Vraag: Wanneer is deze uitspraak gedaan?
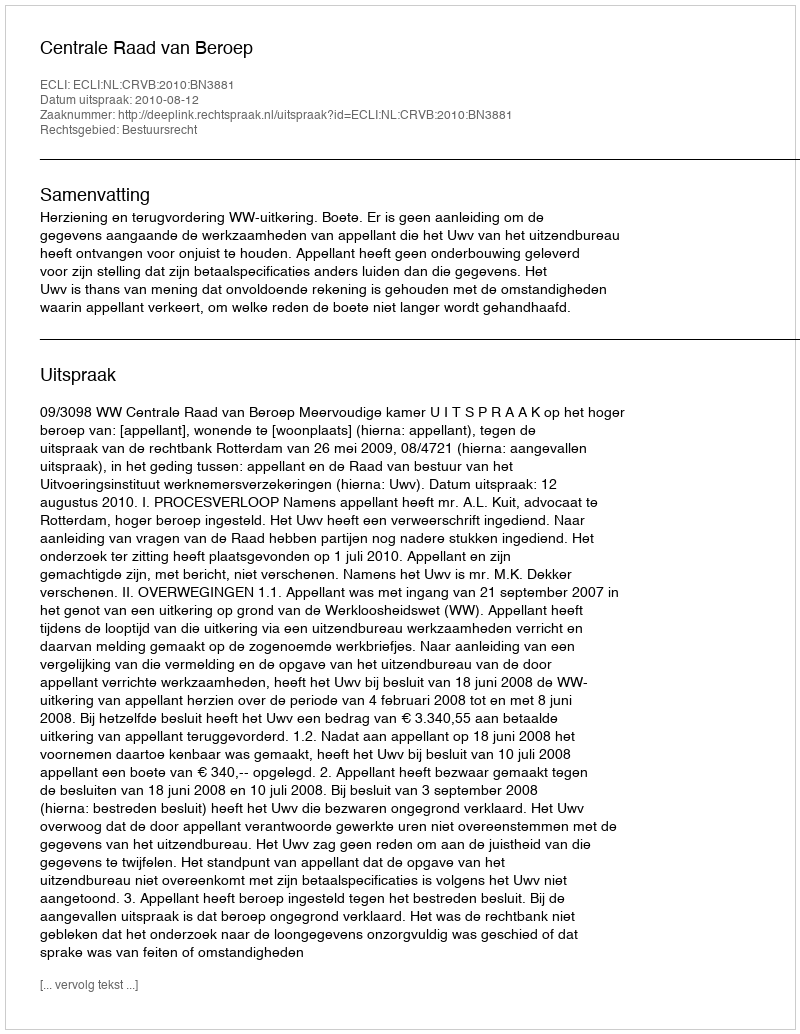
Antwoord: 2010-08-12